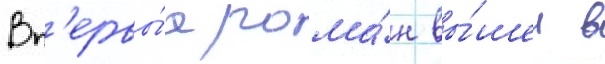
Вп'ервы́е рома́н вы́шел в